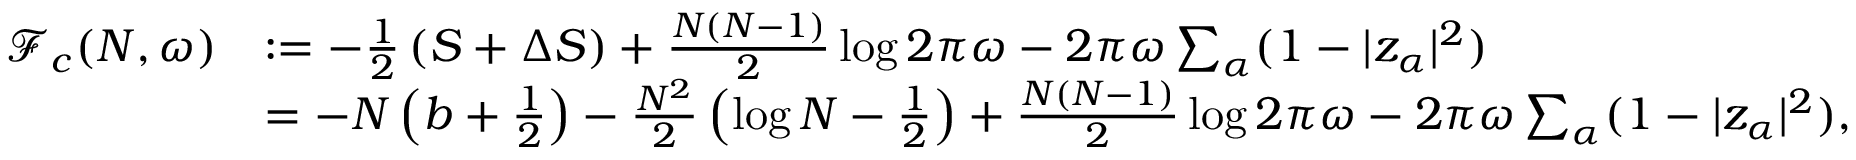
\begin{array} { r l } { \mathcal F _ { c } ( N , \omega ) } & { : = - \frac { 1 } { 2 } \left( S + \Delta S \right) + \frac { N ( N - 1 ) } { 2 } \log 2 \pi \omega - 2 \pi \omega \sum _ { \alpha } ( 1 - | z _ { \alpha } | ^ { 2 } ) } \\ & { = - N \left( b + \frac { 1 } { 2 } \right) - \frac { N ^ { 2 } } { 2 } \left( \log N - \frac { 1 } { 2 } \right) + \frac { N ( N - 1 ) } { 2 } \log 2 \pi \omega - 2 \pi \omega \sum _ { \alpha } ( 1 - | z _ { \alpha } | ^ { 2 } ) , } \end{array}